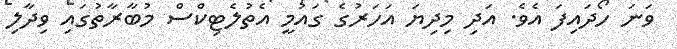
ވަނަ ހޯދައިފަ އެވެ. އަދި މިދިޔަ އަހަރުގެ ގައުމީ އެތުލެޓިކްސް މުބާރާތުގައި ވިދާލި